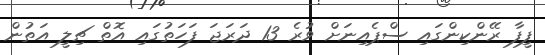
ފީފާ ރޭންކިންގައި ސްޕެއިނަށް ވުރެ 13 ދަރަޖަ ފަހަތުގައި އޮތް ޗިލީ އަތުން